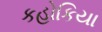
કહોકિયા